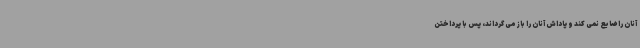
آنان را ضایع نمی کند و پاداش آنان را باز می گرداند، پس با پرداختن